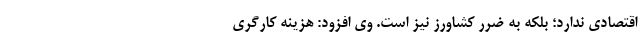
اقتصادی ندارد؛ بلکه به ضرر کشاورز نیز است. وی افزود: هزینه کارگری